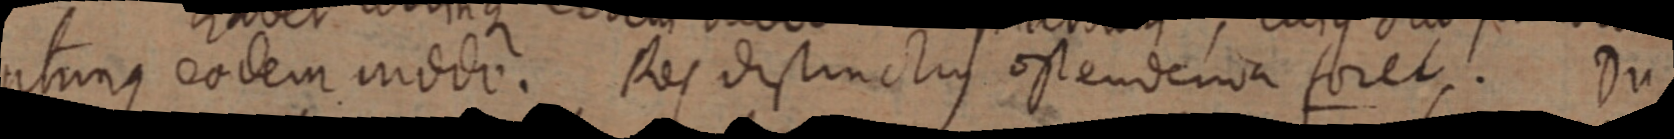
utrinque eodem modo. Res distinctis ostendenia foret. Du